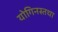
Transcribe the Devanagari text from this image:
योगिनस्तथा